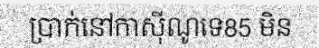
ប្រាក់នៅកាស៊ីណូទេ85 មិន